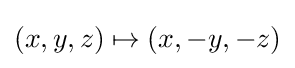
(x,y,z)\mapsto (x,-y,-z)